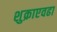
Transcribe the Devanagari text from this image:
शुक्राएवढा